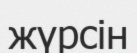
жүрсін